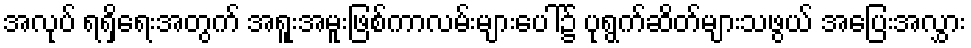
အလုပ် ရရှိရေးအတွက် အရူးအမူးဖြစ်ကာလမ်းများပေါ်၌ ပုရွက်ဆိတ်များသဖွယ် အပြေးအလွှား